Vaccination United Provinces of Agra and Oudh 1914-1922 - 1914-1922
Year: 1914
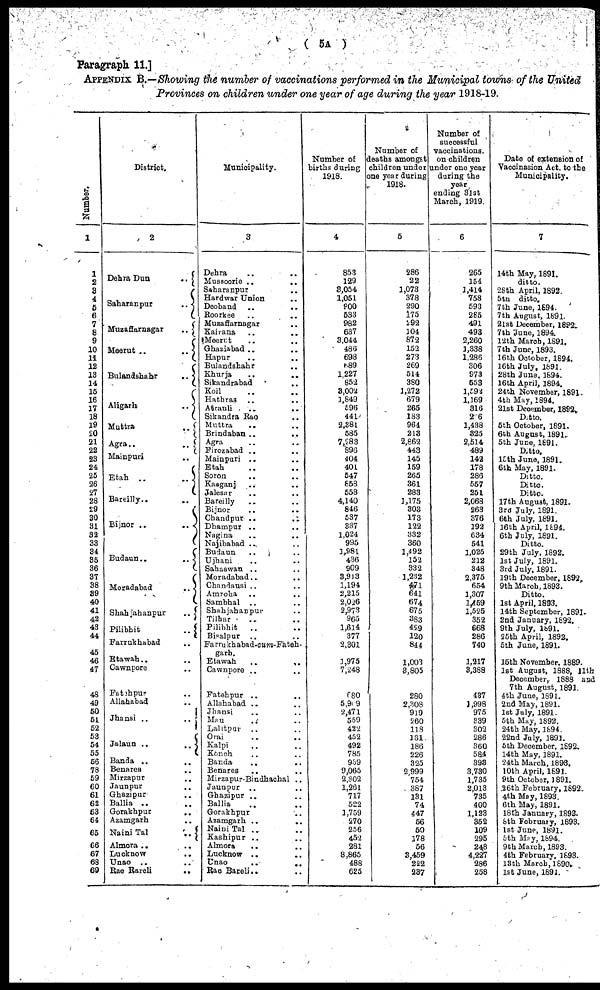
( 5A )
Paragraph 11.]
APPENDIX B.—Showing the number of vaccinations performed in the Municipal towns of the United
Provinces on children under one year of age during the year 1918-19.
Number.
1
1
2
3 4
5
6
7
8
9
10
11
12
13
14
15
16
17
18
19
20
21
22
23
24
25
26
27
28
29
30
31
32
33
34
35
36
37
38
39
40
41
42
43
44
45
46
47
48
49
50
51
52
53
54
55
56
78
59
60
61
62
63
64
65
66
67
68
69
District.
2
Dehra Dun
..
Saharanpur
..
Muzaffarnagar
..
Meerut ..
..
Bulandshahr
..
Aligarh
..
Muttra
..
Agra..
..
Mainpuri ..
Etah
..
..
Bareilly.. ..
Bijnor
..
..
Budaun..
..
Moradabad
..
Shahjahanpur
..
Pilibhit
..
Farrukhabad ..
Etawah.. ..
Cawnpore ..
Fatehpur ..
Allahabad ..
Jhansi ..
..
Jalaun ..
..
Banda .. ..
Benares
..
Mirzapur ..
Jaunpur ..
Ghazipur ..
Ballia .. ..
Gorakhpur ..
Azamgarh ..
Naini Tal
..
Almora .. ..
Lucknow ..
Unao .. ..
Rae Rareli
..
Municipality.
3
Dehra .. ..
Mussoorie ..
..
Saharanpur ..
Hardwar Union ..
Deoband .. ..
Roorkee .. ..
Muzaffarnagar ..
Kairana .. ..
Meerut .. ..
Ghaziabad .. ..
Hapur
..
..
Bulandshahr ..
Khurja
..
..
Sikandrabad ..
Koil .. ..
Hathras .. ..
Atrauli .. ..
Sikandra Rao ..
Muttra .. ..
Brindaban ..
..
Agra
..
..
Firozabad .. ..
Mainpuri .. ..
Etah .. ..
Soron .. ..
Kasganj .. ..
Jalesar .. ..
Bareilly .. ..
Bijnor .. ..
Chandpur .. ..
Dhampur .. ..
Nagina .. ..
Najibabad .. ..
Budaun .. ..
Ujhani .. ..
Sahaswan .. ..
Moradabad .. ..
Chandausi .. ..
Amroha .. ..
Sambhal .. ..
Shahjahanpur ..
Tilhar .. ..
Pilibhit
.. ..
Bisalpur .. ..
Farrukhabad-cum-Fateh-
garh.
Etawah
..
..
Cawnpore .. ..
Fatehpur .. ..
Allahabad .. ..
Jhansi .. ..
Mau .. ..
Lalitpur .. ..
Orai .. ..
Kalpi .. ..
Konch .. ..
Banda
..
..
Benares .. ..
Mirzapur-Bindhachal ..
Jaunpur .. ..
Ghazipur .. ..
Ballia .. ..
Gorakhpur ..
Azamgarh ..
..
Naini Tal .. ..
Kashipur .. ..
Almora .. ..
Lucknow .. ..
Unao
..
..
Rae Bareli..
Number of
births during
1918.
4
853
129
3,054
1,051
800
533
982
637
3,044
486
698
689
1,227
852
3,002
1,849
596
441
2,381
585
7,283
896
404
401
547
858
558
4,140
846
537
337
1,024
995
1,981
436
909
3,913
1,194
2,215
2,026
2,973
965
1,614
377
2,301
1,975
7,248
680
5,989
2,471
559
422
452
492
785
939
9,065
2,302
1,261
717
522
1,759
270
256
452
281
8,865
488
625
Number of
deaths amongst
children under
one year during
1918.
5
286
22
1,073
378
290
175
292
104
872
152
273
269
514
380
1,272
679
265
183
964
213
2,862
443
145
159
265
361
283
1,175
303
173
122
332
360
1,492
152
332
1,232
471 641
674
675
383
429
120
844
1,003
3,805
280
2,308
919
260
118
131
186
226
325
2,999
754
387
131
74
447
56
50
178
56
3,459
222
237
Number of
successful
vaccinations.
on children
under one year
during the
year
ending 31st
March, 1919.
6
265
154
3,414
758
593
285
491
493
2,260
3,338
1,286
306
973
553
1,592
1,169
316
226
1,438
325
2,514
489
142
178
286
557
251
2,068
263
376
192
634
541
1,025
212
348
2,375
654
1,307
1,159
1,525
352
668
286
740
1,217
3,388
437
1,998
975
339
302
286
360
584
393
3,730
1,735
2,013
735
400
1,123
352
109
295
248
4,227
286
258
Date of extension of
Vaccinasion Act, to the
Municipality.
7
14th May, 1891.
ditto.
28th April, 1892.
5th ditto.
7th June, 1894.
7th August, 1891.
21st December, 1892.
7th June, 1894.
12th March, 1891.
7th June, 1893.
16th October, 1894.
16th July, 1891.
28th June, 1894.
16th April, 1894.
24th November, 1891.
4th May, 1894.
21st December, 1892.
Ditto.
5th October, 1891.
6th August, 1891.
5th June, 1891.
Ditto.
15th June, 1891.
6th May, 1891.
Ditto.
Ditto.
Ditto.
17th August, 1891.
3rd July, 1891.
6th July, 1891.
16th April, 1894.
6th July, 1891.
Ditto.
29th July, 1892.
1st July, 1891.
3rd July, 1891.
19th December, 1892.
9th March, 1893.
Ditto.
1st April, 1893.
14th September, 1891.
2nd January, 1892.
9th July, 1891.
25th April, 1892.
5th June, 1891.
15th November, 1889.
1st August, 1888, 11th
December, 1888 and
7th August, 1891.
4th June, 1891.
2nd May, 1891.
1st July, 1891.
5th May, 1892.
24th May, 1894.
22nd July, 1891.
5th December, 1892.
14th May, 1891.
24th March, 1893.
10th April, 1891.
9th October, 1891.
26th February, 1892.
4th May, 1893.
6th May, 1891.
18th January, 1893.
8th February, 1893.
1st June, 1891.
5th May, 1894.
9th March, 1893.
4th February, 1893.
13th March, 1890.
1st June, 1891.